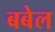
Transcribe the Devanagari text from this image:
बबेल